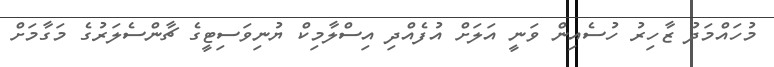
މުހައްމަދު ޒާހިރު ހުސެއިން ވަނީ އަލަށް އުފެއްދި އިސްލާމިކް ޔުނިވަސިޓީގެ ޗާންސެލަރުގެ މަގާމަށް